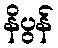
နိပွန်